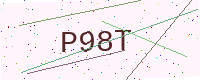
Text: P98T